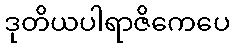
ဒုတိယပါရာဇိကေပေ